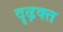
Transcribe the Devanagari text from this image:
दृढ़क्त